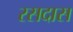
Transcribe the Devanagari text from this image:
रसदास